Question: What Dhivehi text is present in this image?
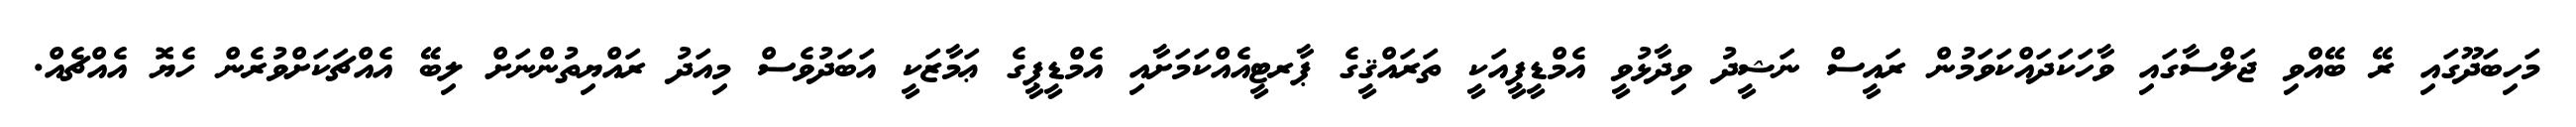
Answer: މަހިބަދޫގައި ރޭ ބޭއްވި ޖަލްސާގައި ވާހަކަދައްކަވަމުން ރައީސް ނަޝީދު ވިދާޅުވީ އެމްޑީޕީއަކީ ތަރައްޤީގެ ޕާރޓީއެއްކަމަށާއި އެމްޑީޕީގެ ޢަމާޒަކީ އަބަދުވެސް މިއަދު ރައްޔިތުންނަށް ލިބޭ އެއްޗަކަށްވުރެން ހެޔޮ އެއްޗެއް.